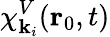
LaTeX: {\chi}_{\mathbf{k}_{i}}^{V}(\mathbf{r}_{0},t)